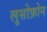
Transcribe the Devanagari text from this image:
लुसोफ़ोन